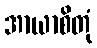
အာယာစိတုံ